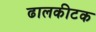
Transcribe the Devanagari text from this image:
ढालकीटक